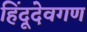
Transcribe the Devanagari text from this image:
हिंदूदेवगण